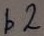
Text: b2